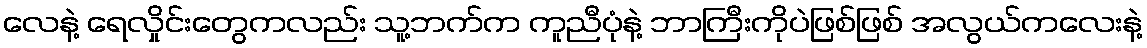
လေနဲ့ ရေလှိုင်းတွေကလည်း သူ့ဘက်က ကူညီပုံနဲ့ ဘာကြီးကိုပဲဖြစ်ဖြစ် အလွယ်ကလေးနဲ့